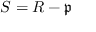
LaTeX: S = R - { \mathfrak { p } }